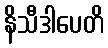
နိသီဒါပေတိ